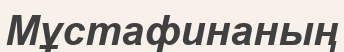
Мұстафинаның